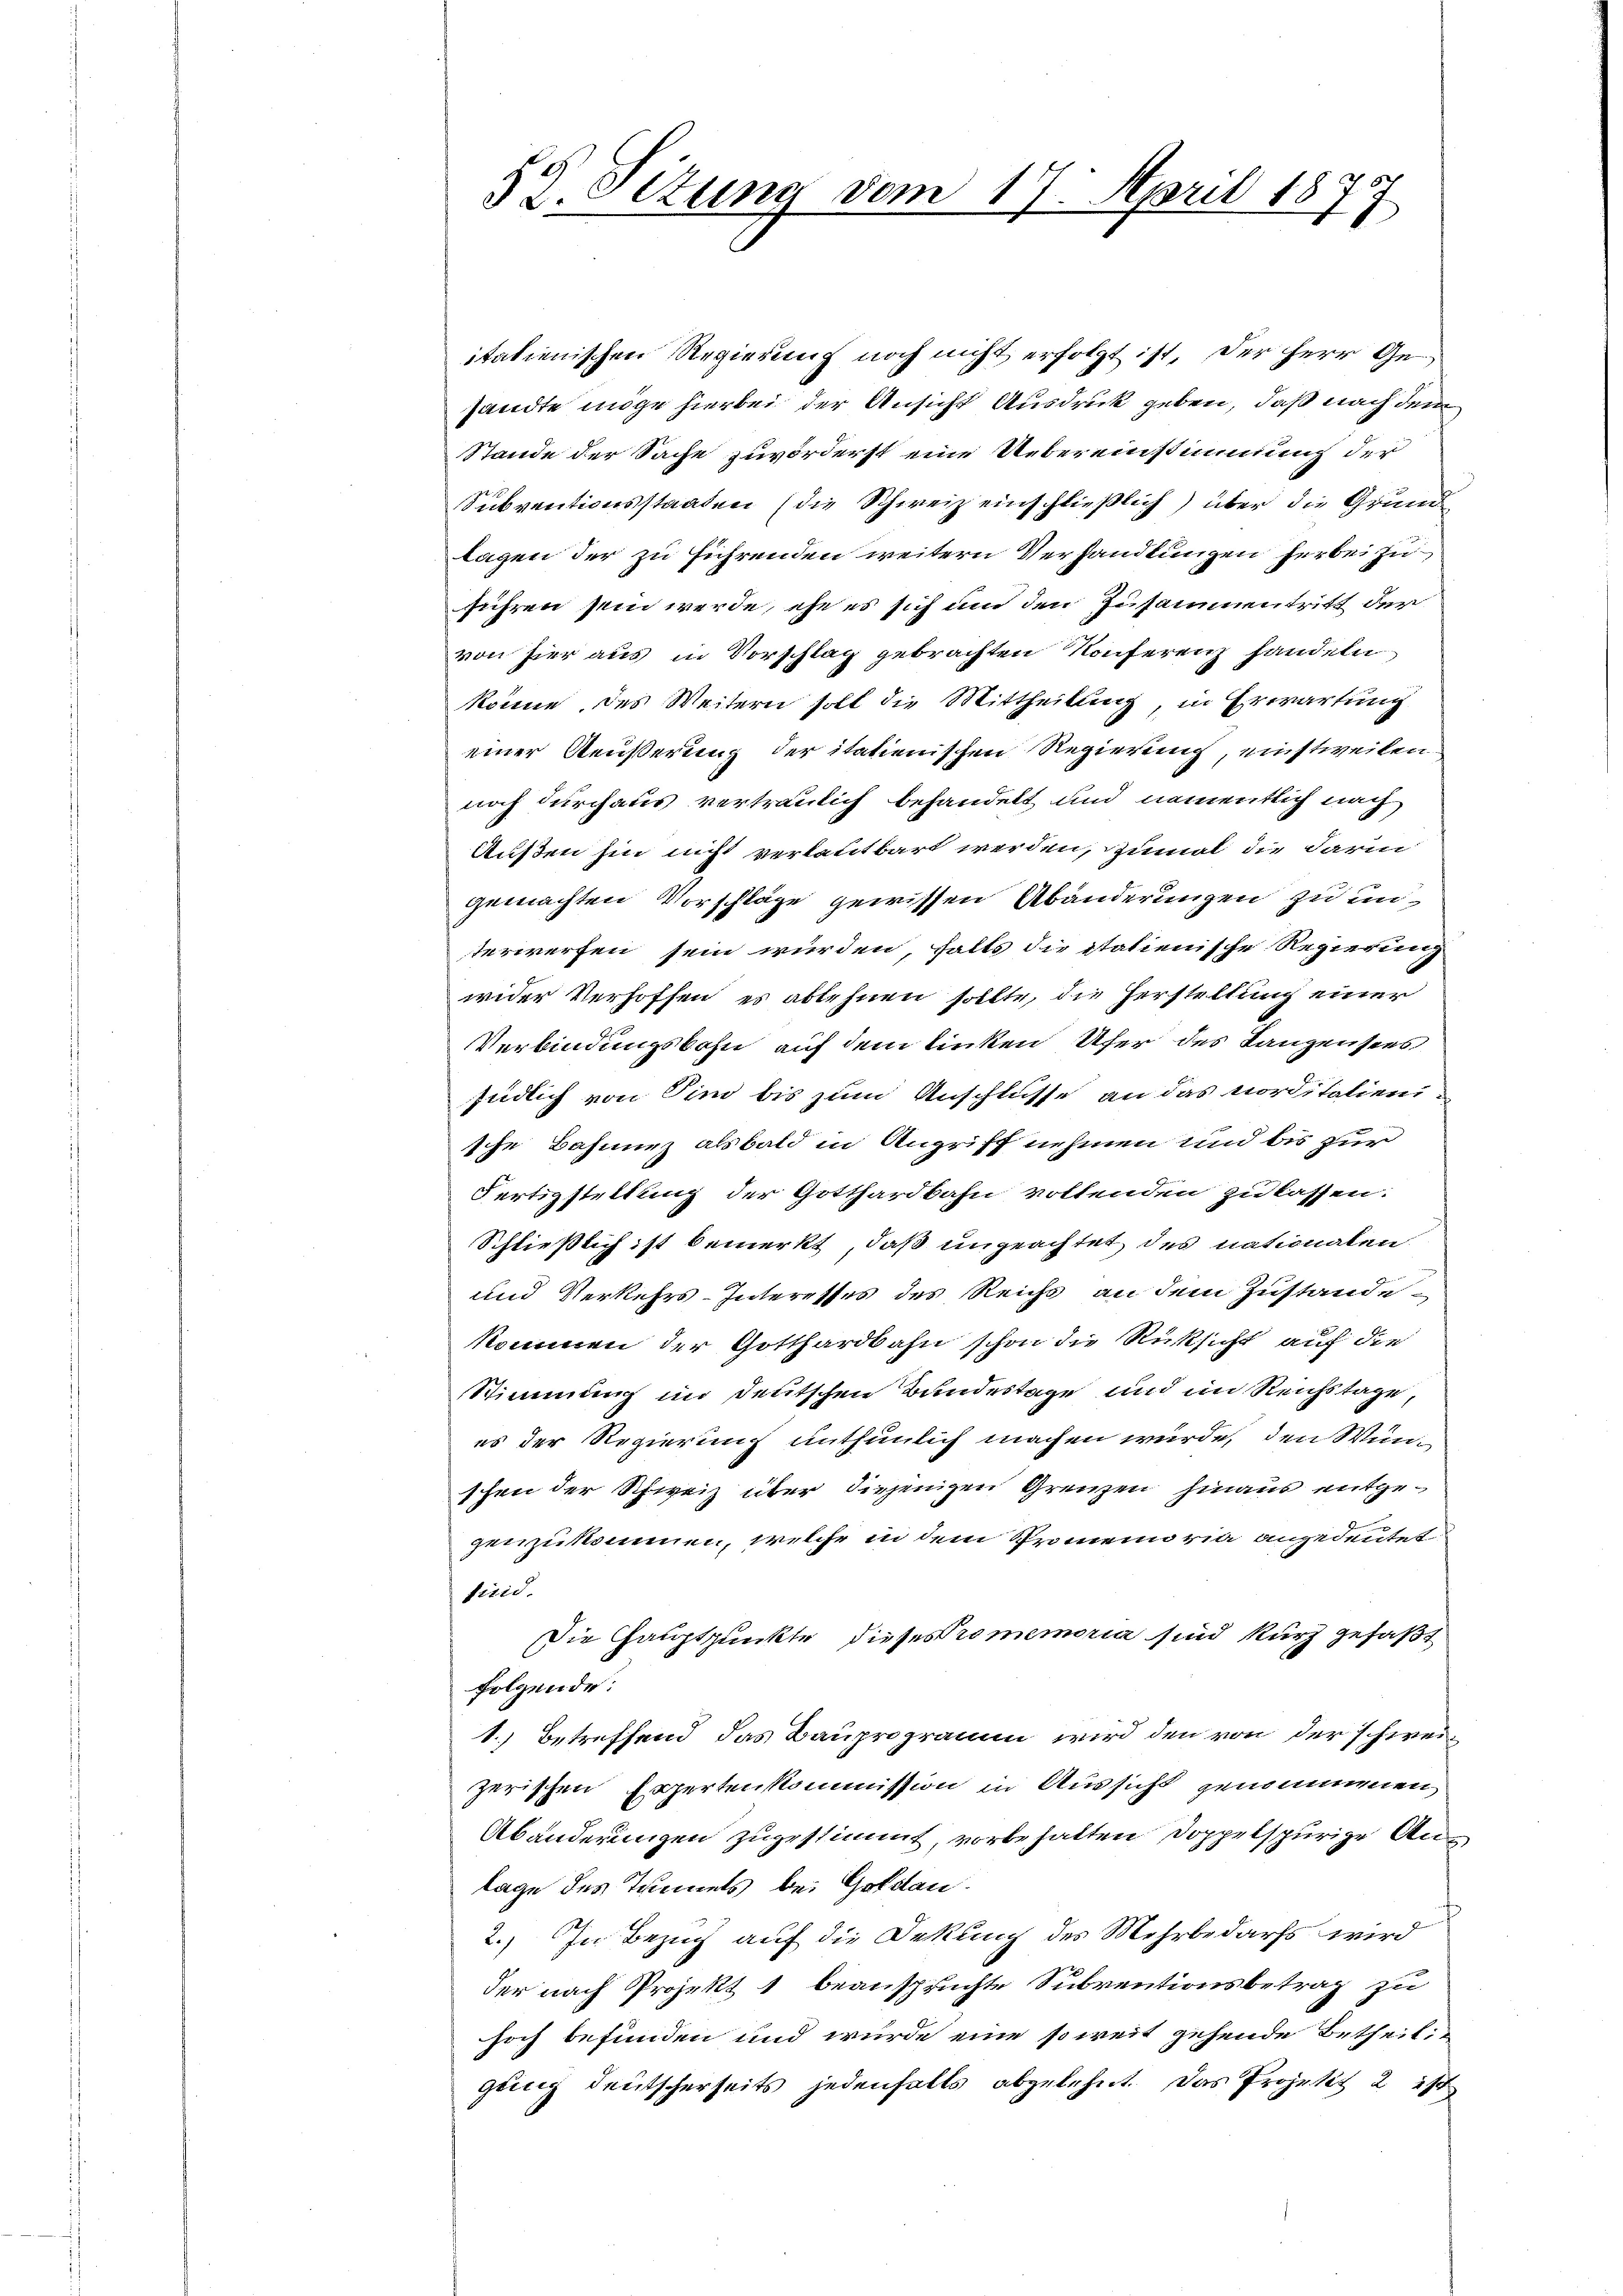
itatienischen Regierung noch nicht erfolgt ist, der Herr Gesandte möge hierbei der Ansicht Ausdruck geben, daß nach dem
Stande der Sache zuvörderst eine Uebereinstimmung der
Subventionsstaaten (die Schweiz einschließlich) über die Grund
lagen der zu führenden weitern Verhandlungen herbei zuführen sein werde, ehe es sich um den Zusammentritt der
von hier aus in Vorschlag gebrachten Konferenz handeln
könne, des Weitern soll die Mittheilung, in Erwartung
einer Aeußerung der itationischen Regierung, einstweilen
noch durchaus vertraulich behandelt und namentlich nach
Außen hin nicht verlautbart werden, zumal die darin
gemachten Vorschläge gewissen Abänderungen zu unterwerfen sein würden, falls die italienische Regierung
wider Verhoffen, es ablehnen sollte, die Herstellung einer
Verbindungsbahn auf dem linken Ufer des Lanzensees
südlich von Pini bis zum Anschlusse an das norditalieni
sche Bahnung alsbald in Angriff nehmen und bis zur
Fertigstellung der Gotthardbahn vollenden zu lassen.
Schließlich ist bemerkt, daß ungeachtet, des nationalen
und Verkehrs-Interesses des Reichs an dem Zustande
kommen der Gotthardbahn schon die Rücksicht auf die
Stimmung in deutschen Bundestage und im Reichstage,
es der Regierung unthümlich machen würde, den Wünschen der Schweiz über diejenigen Grenzen hinaus entgegenzukommen, welche in dem Promen rite angedeutet
fisid.
Die Hauptpunkte dieses Promemoria sind kurz gefaßt
folgende:
1.) Betreffend das Bauprogramm wird den von der schweizerischen Expertenkommission in Aussicht genommmen
Abänderungen zugestimmt, vorbehalten Doppelspurige Anlage des Tunnels bei Goldau.
2.) In Bezug auf die Dekung des Mehrbedarfs wird
der nach Projekt 1 beanspruchte Subventionsbetrag zu
hoch befunden und wurde eine soweit gehende Betheil
gung deutscherseits jedenfalls abgelehnt. Das Projekt 2 ist

59. Sizung vom 17. April 18
7